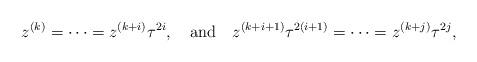
LaTeX: \begin{align*}z^{(k)}=\cdots =z^{(k+i)}\tau^{2i}, {~~~\rm and ~~~}z^{(k+i+1)}\tau^{2(i+1)}=\cdots =z^{(k+j)}\tau^{2j},\end{align*}